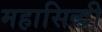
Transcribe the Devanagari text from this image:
महासिद्धी